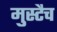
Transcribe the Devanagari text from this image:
मुस्टैच